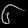
Digit: ၆